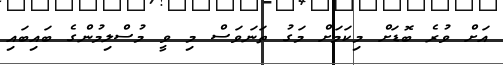
އަށް ވުރެ ބޮޑަށް މިކަމަށް މަގު ތަނަވަސް މި ވީ މުސްލިމުންގެ ބައިބައި